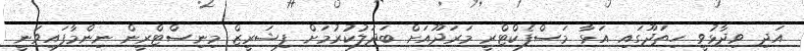
އަދި ވިދާޅުވީ ހިތަދޫގައި އަޅާ މަސްފެކްޓްރީ މަރަދޫއަށް ބަދަލުކުރުމަށް ފިޝަރީޒް މިނިސްޓްރީން ނިންމާފައިވަނީ